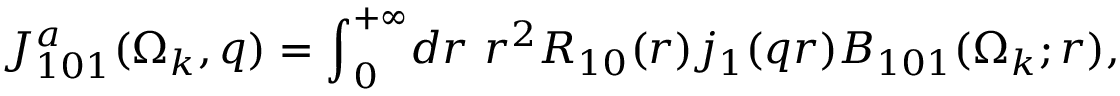
{ \cal J } _ { 1 0 1 } ^ { a } ( \Omega _ { k } , q ) = { \int } _ { 0 } ^ { + \infty } d r \ r ^ { 2 } R _ { 1 0 } ( r ) j _ { 1 } ( q r ) { \cal B } _ { 1 0 1 } ( \Omega _ { k } ; r ) ,